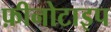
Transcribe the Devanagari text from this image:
फ़ीनोटाइप